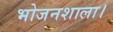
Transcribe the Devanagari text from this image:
भोजनशाला।